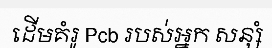
ដើមគំរូ Pcb របស់អ្នក សន្សំ